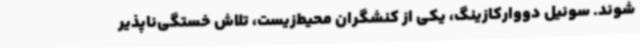
شوند. سونیل دووارکازینگ، یکی از کنشگران محیط‌زیست، تلاش خستگی‌ناپذیر